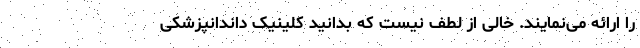
را ارائه می‌نمایند. خالی از لطف نیست که بدانید کلینیک داندانپزشکی